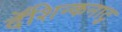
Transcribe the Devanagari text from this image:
दॅशिन्कनाटु